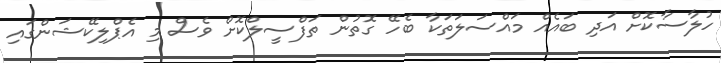
ހުލާސާކޮށް އަދި ބައެއް މައްސަލަތަކާ ބެހޭ ގޮތުން ތަފްސީލްކޮށް ވެސް މި އެޕްލިކޭޝަންގައި